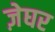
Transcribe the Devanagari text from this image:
ज़ेघर